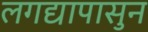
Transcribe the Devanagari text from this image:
लगद्यापासुन